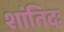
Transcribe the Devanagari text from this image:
शांतिदः